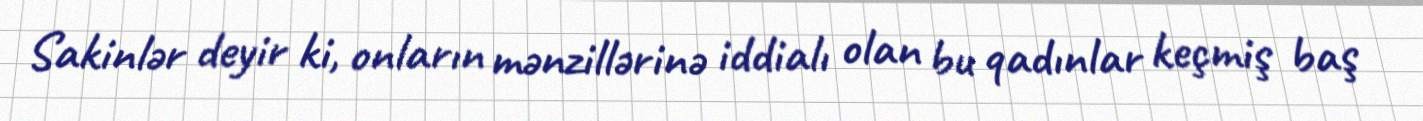
Sakinlər deyir ki, onların mənzillərinə iddialı olan bu qadınlar keçmiş baş